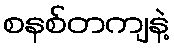
စနစ်တကျနဲ့